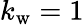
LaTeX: {k_{\mathrm{w}}=1}